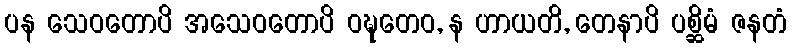
ပန သေဝတောပိ အသေဝတောပိ ဝဍ္ဎတေဝ, န ဟာယတိ, တေနာပိ ပစ္ဆိမံ ဇနတံ